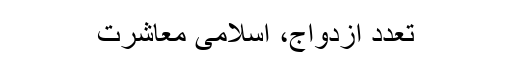
تعدد ازدواج، اسلامی معاشرت